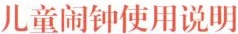
儿童闹钟使用说明